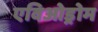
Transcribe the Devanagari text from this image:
एविओड्रोम